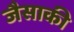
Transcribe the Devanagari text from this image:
जैसाकी